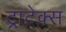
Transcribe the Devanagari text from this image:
ट्राटेक्स